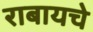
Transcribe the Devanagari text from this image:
राबायचे